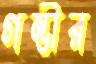
গম্ভীর